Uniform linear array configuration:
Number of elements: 8
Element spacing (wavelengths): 1
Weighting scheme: kaiser
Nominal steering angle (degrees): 15
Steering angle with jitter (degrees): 13.291
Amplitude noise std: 0.05
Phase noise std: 0.05

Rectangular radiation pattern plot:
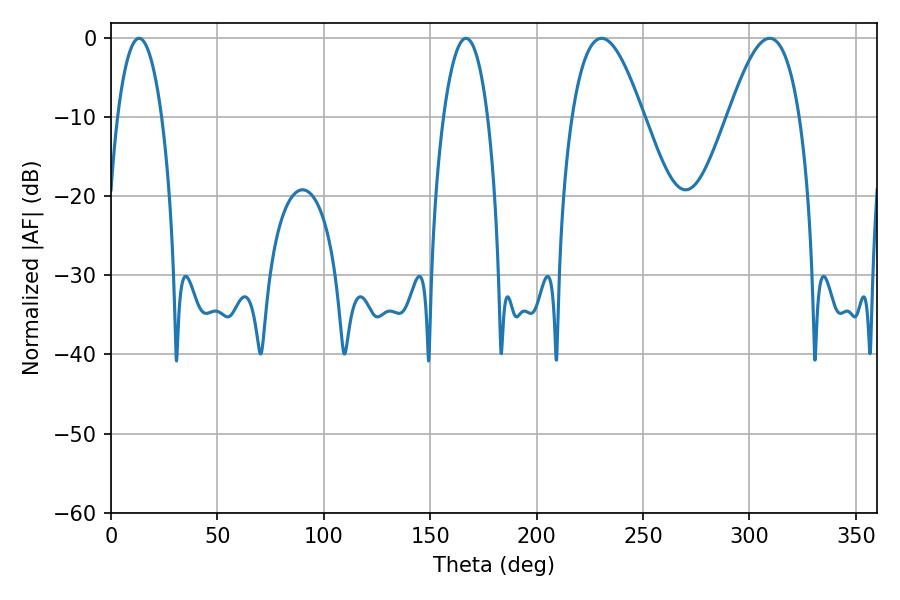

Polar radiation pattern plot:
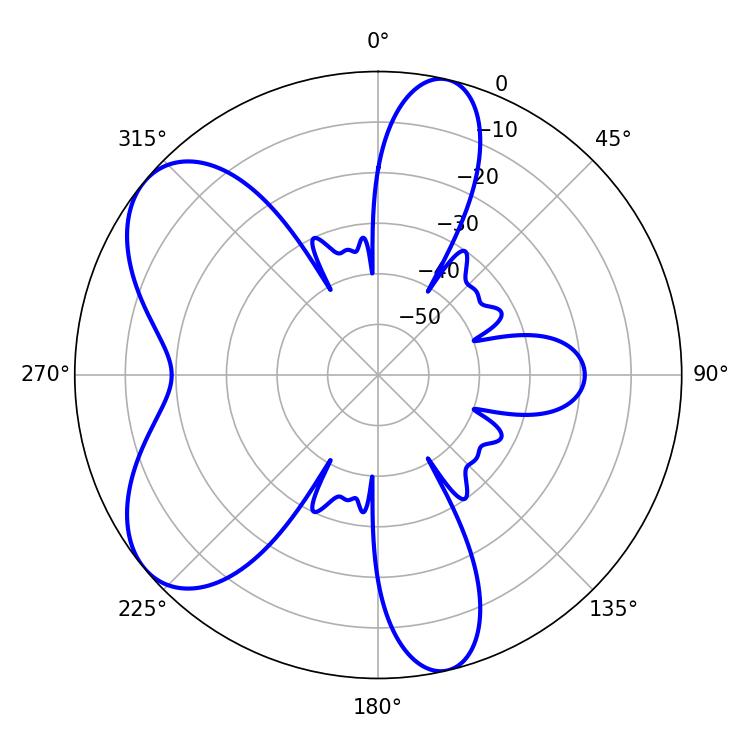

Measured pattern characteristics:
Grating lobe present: TRUE
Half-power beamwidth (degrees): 18.18
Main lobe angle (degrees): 230.58